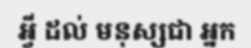
អ្វី ដល់ មនុស្សជា អ្នក